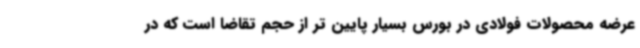
عرضه محصولات فولادی در بورس بسیار پایین تر از حجم تقاضا است که در